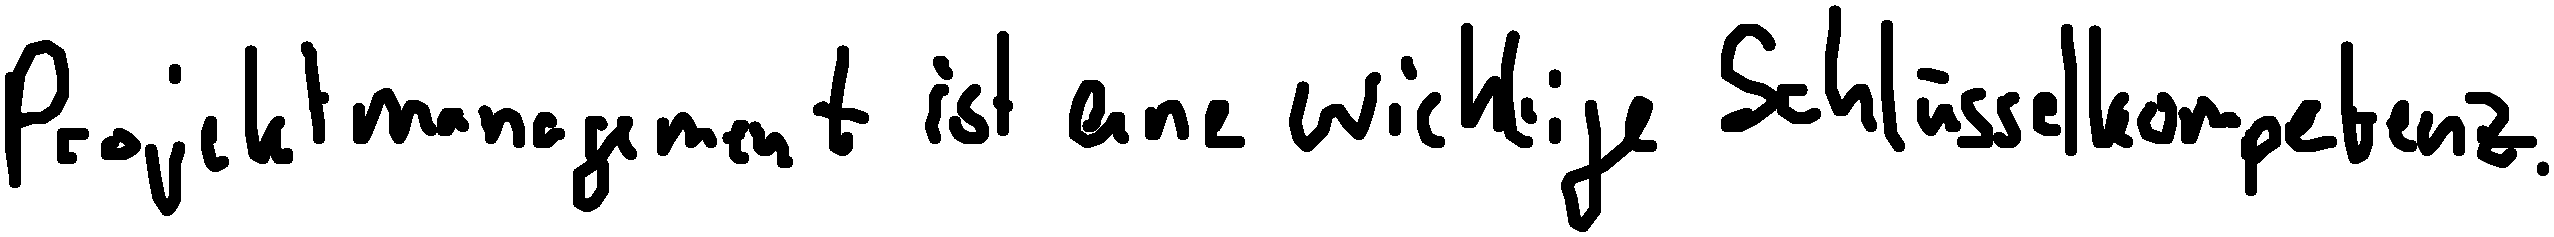
Projektmanagement ist eine wichtige Schlüsselkompetenz.